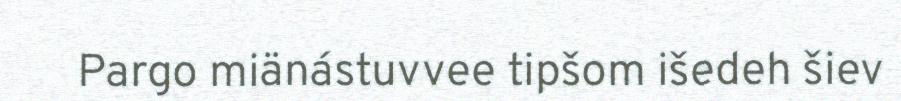
Pargo miänástuvvee tipšom išedeh šiev